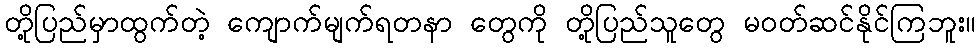
တို့ပြည်မှာထွက်တဲ့ ကျောက်မျက်ရတနာ တွေကို တို့ပြည်သူတွေ မဝတ်ဆင်နိုင်ကြဘူး။